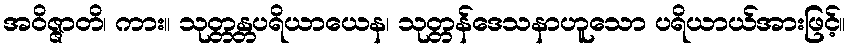
အဝိဇ္ဇာတိ၊ ကား။ သုတ္တန္တပရိယာယေန၊ သုတ္တန်ဒေသနာဟူသော ပရိယာယ်အားဖြင့်။